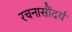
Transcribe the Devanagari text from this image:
रचनासौंदर्य